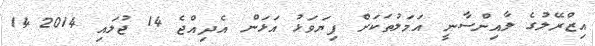
އިޒްރޭލުގެ ލާއިންސާނީ އަމަލުތަކަށް ފިޔަވަޅު އަޅަން އެދިއްޖެ 14 ޖުލައި 2014 14